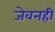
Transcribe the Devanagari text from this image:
जेवनही